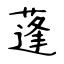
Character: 蓬